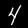
Digit: 4